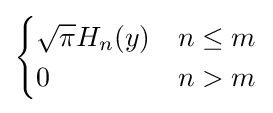
{\begin{cases}{\sqrt {\pi }}H_{n}(y)&n\leq m\\0&n>m\end{cases}}